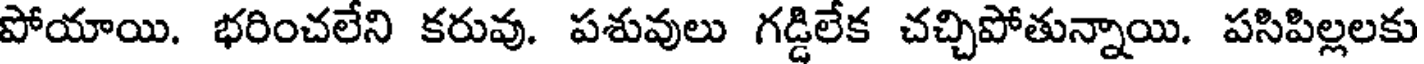
పోయాయి. భరించలేని కరువు. పశువులు గడ్డిలేక చచ్చిపోతున్నాయి. పసిపిల్లలకు